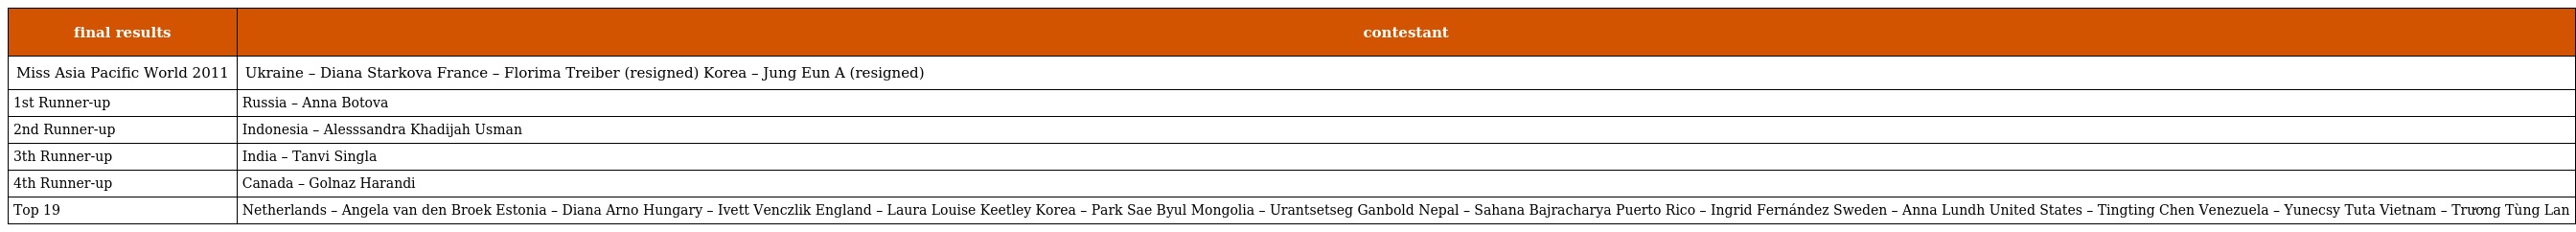
| final results | contestant |
 | --- | --- |
 | Miss Asia Pacific World 2011 | Ukraine – Diana Starkova France – Florima Treiber (resigned) Korea – Jung Eun A (resigned) |
 | 1st Runner-up | Russia – Anna Botova |
 | 2nd Runner-up | Indonesia – Alesssandra Khadijah Usman |
 | 3th Runner-up | India – Tanvi Singla |
 | 4th Runner-up | Canada – Golnaz Harandi |
 | Top 19 | Netherlands – Angela van den Broek Estonia – Diana Arno Hungary – Ivett Venczlik England – Laura Louise Keetley Korea – Park Sae Byul Mongolia – Urantsetseg Ganbold Nepal – Sahana Bajracharya Puerto Rico – Ingrid Fernández Sweden – Anna Lundh United States – Tingting Chen Venezuela – Yunecsy Tuta Vietnam – Trương Tùng Lan |